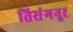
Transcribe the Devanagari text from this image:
तिसंगनूर